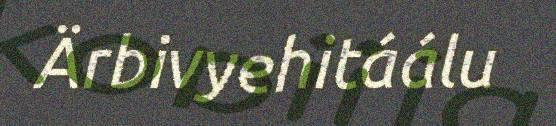
Ärbivyehitáálu